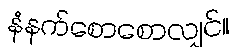
နံနက်စောစောလျှင်။